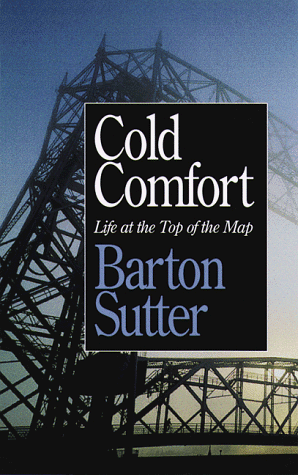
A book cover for Cold Comfort: Life at the Top of the Map; Barton Sutter; Travel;